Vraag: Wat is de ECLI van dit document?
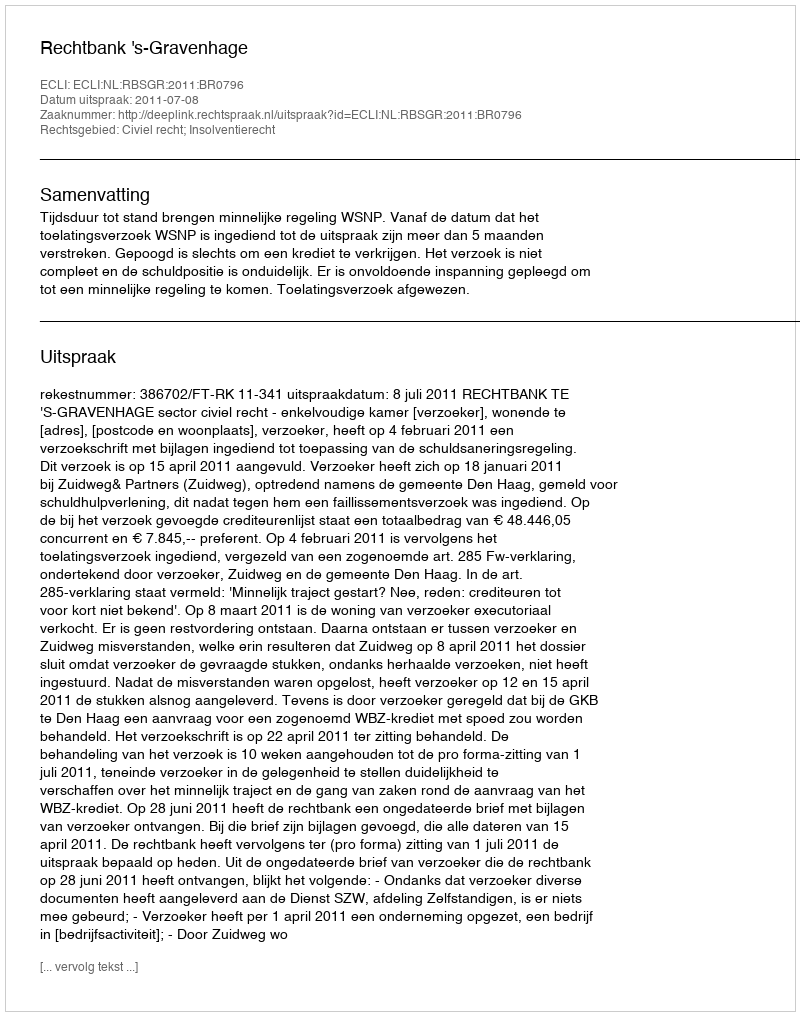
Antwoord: ECLI:NL:RBSGR:2011:BR0796